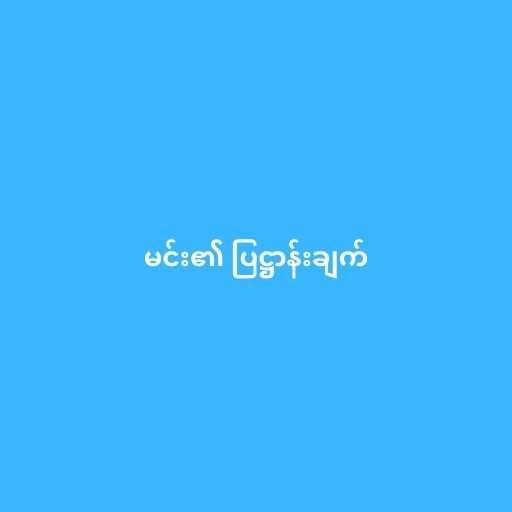
မင်း၏ ပြဋ္ဌာန်းချက်